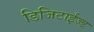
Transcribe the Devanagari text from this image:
डिजिटाईज्ड